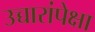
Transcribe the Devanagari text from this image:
उच्चारांपेक्षा